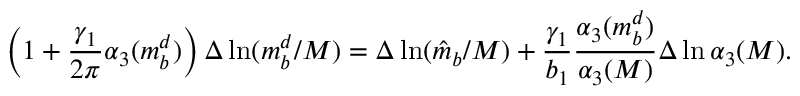
\left( 1 + \frac { \gamma _ { 1 } } { 2 \pi } \alpha _ { 3 } ( m _ { b } ^ { d } ) \right) \Delta \ln ( m _ { b } ^ { d } / M ) = \Delta \ln ( \hat { m } _ { b } / M ) + \frac { \gamma _ { 1 } } { b _ { 1 } } \frac { \alpha _ { 3 } ( m _ { b } ^ { d } ) } { \alpha _ { 3 } ( M ) } \Delta \ln \alpha _ { 3 } ( M ) .